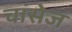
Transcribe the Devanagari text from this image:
चांसेज